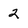
Character: 2